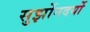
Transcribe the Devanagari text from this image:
सुर्झोनदर्यो